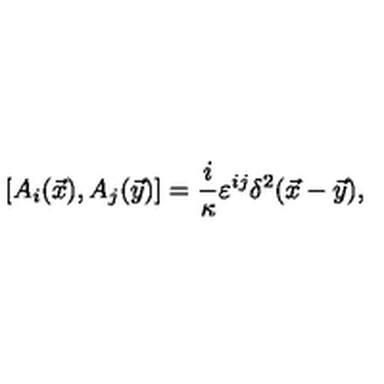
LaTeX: \left[ A _ { i } ( \vec { x } ) , A _ { j } ( \vec { y } ) \right] = \frac { i } { \kappa } \varepsilon ^ { i j } \delta ^ { 2 } ( \vec { x } - \vec { y } ) ,